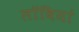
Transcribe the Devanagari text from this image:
लॉबियां